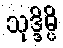
သုဒ္ဒိမ္ပိ